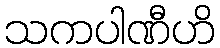
သကပါဏီဟိ